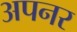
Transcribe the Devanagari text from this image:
अपनर